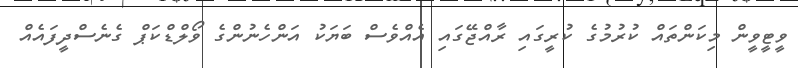
ވީޓީވީން މިކަންތައް ކުރުމުގެ ކުރީގައި ރާއްޖޭގައި އެއްވެސް ބަޔަކު އަންހެނުންގެ ވޯލްޑްކަޕް ގެނެސްދީފައެއް